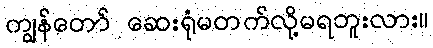
ကျွန်တော် ဆေးရုံမတက်လို့မရဘူးလား။